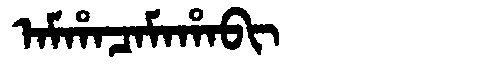
Manchu: ᠠᠮᡥᠠᠴᠠᠮᠠᡥᠠᠪᡳ
Romanization: AMHACAMAHABI